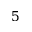
5